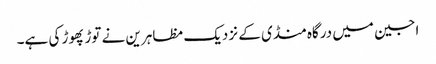
اجین میں درگاہ منڈی کے نزدیک مظاہرین نے توڑ پھوڑ کی ہے۔